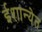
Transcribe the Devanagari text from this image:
ईशान्येत